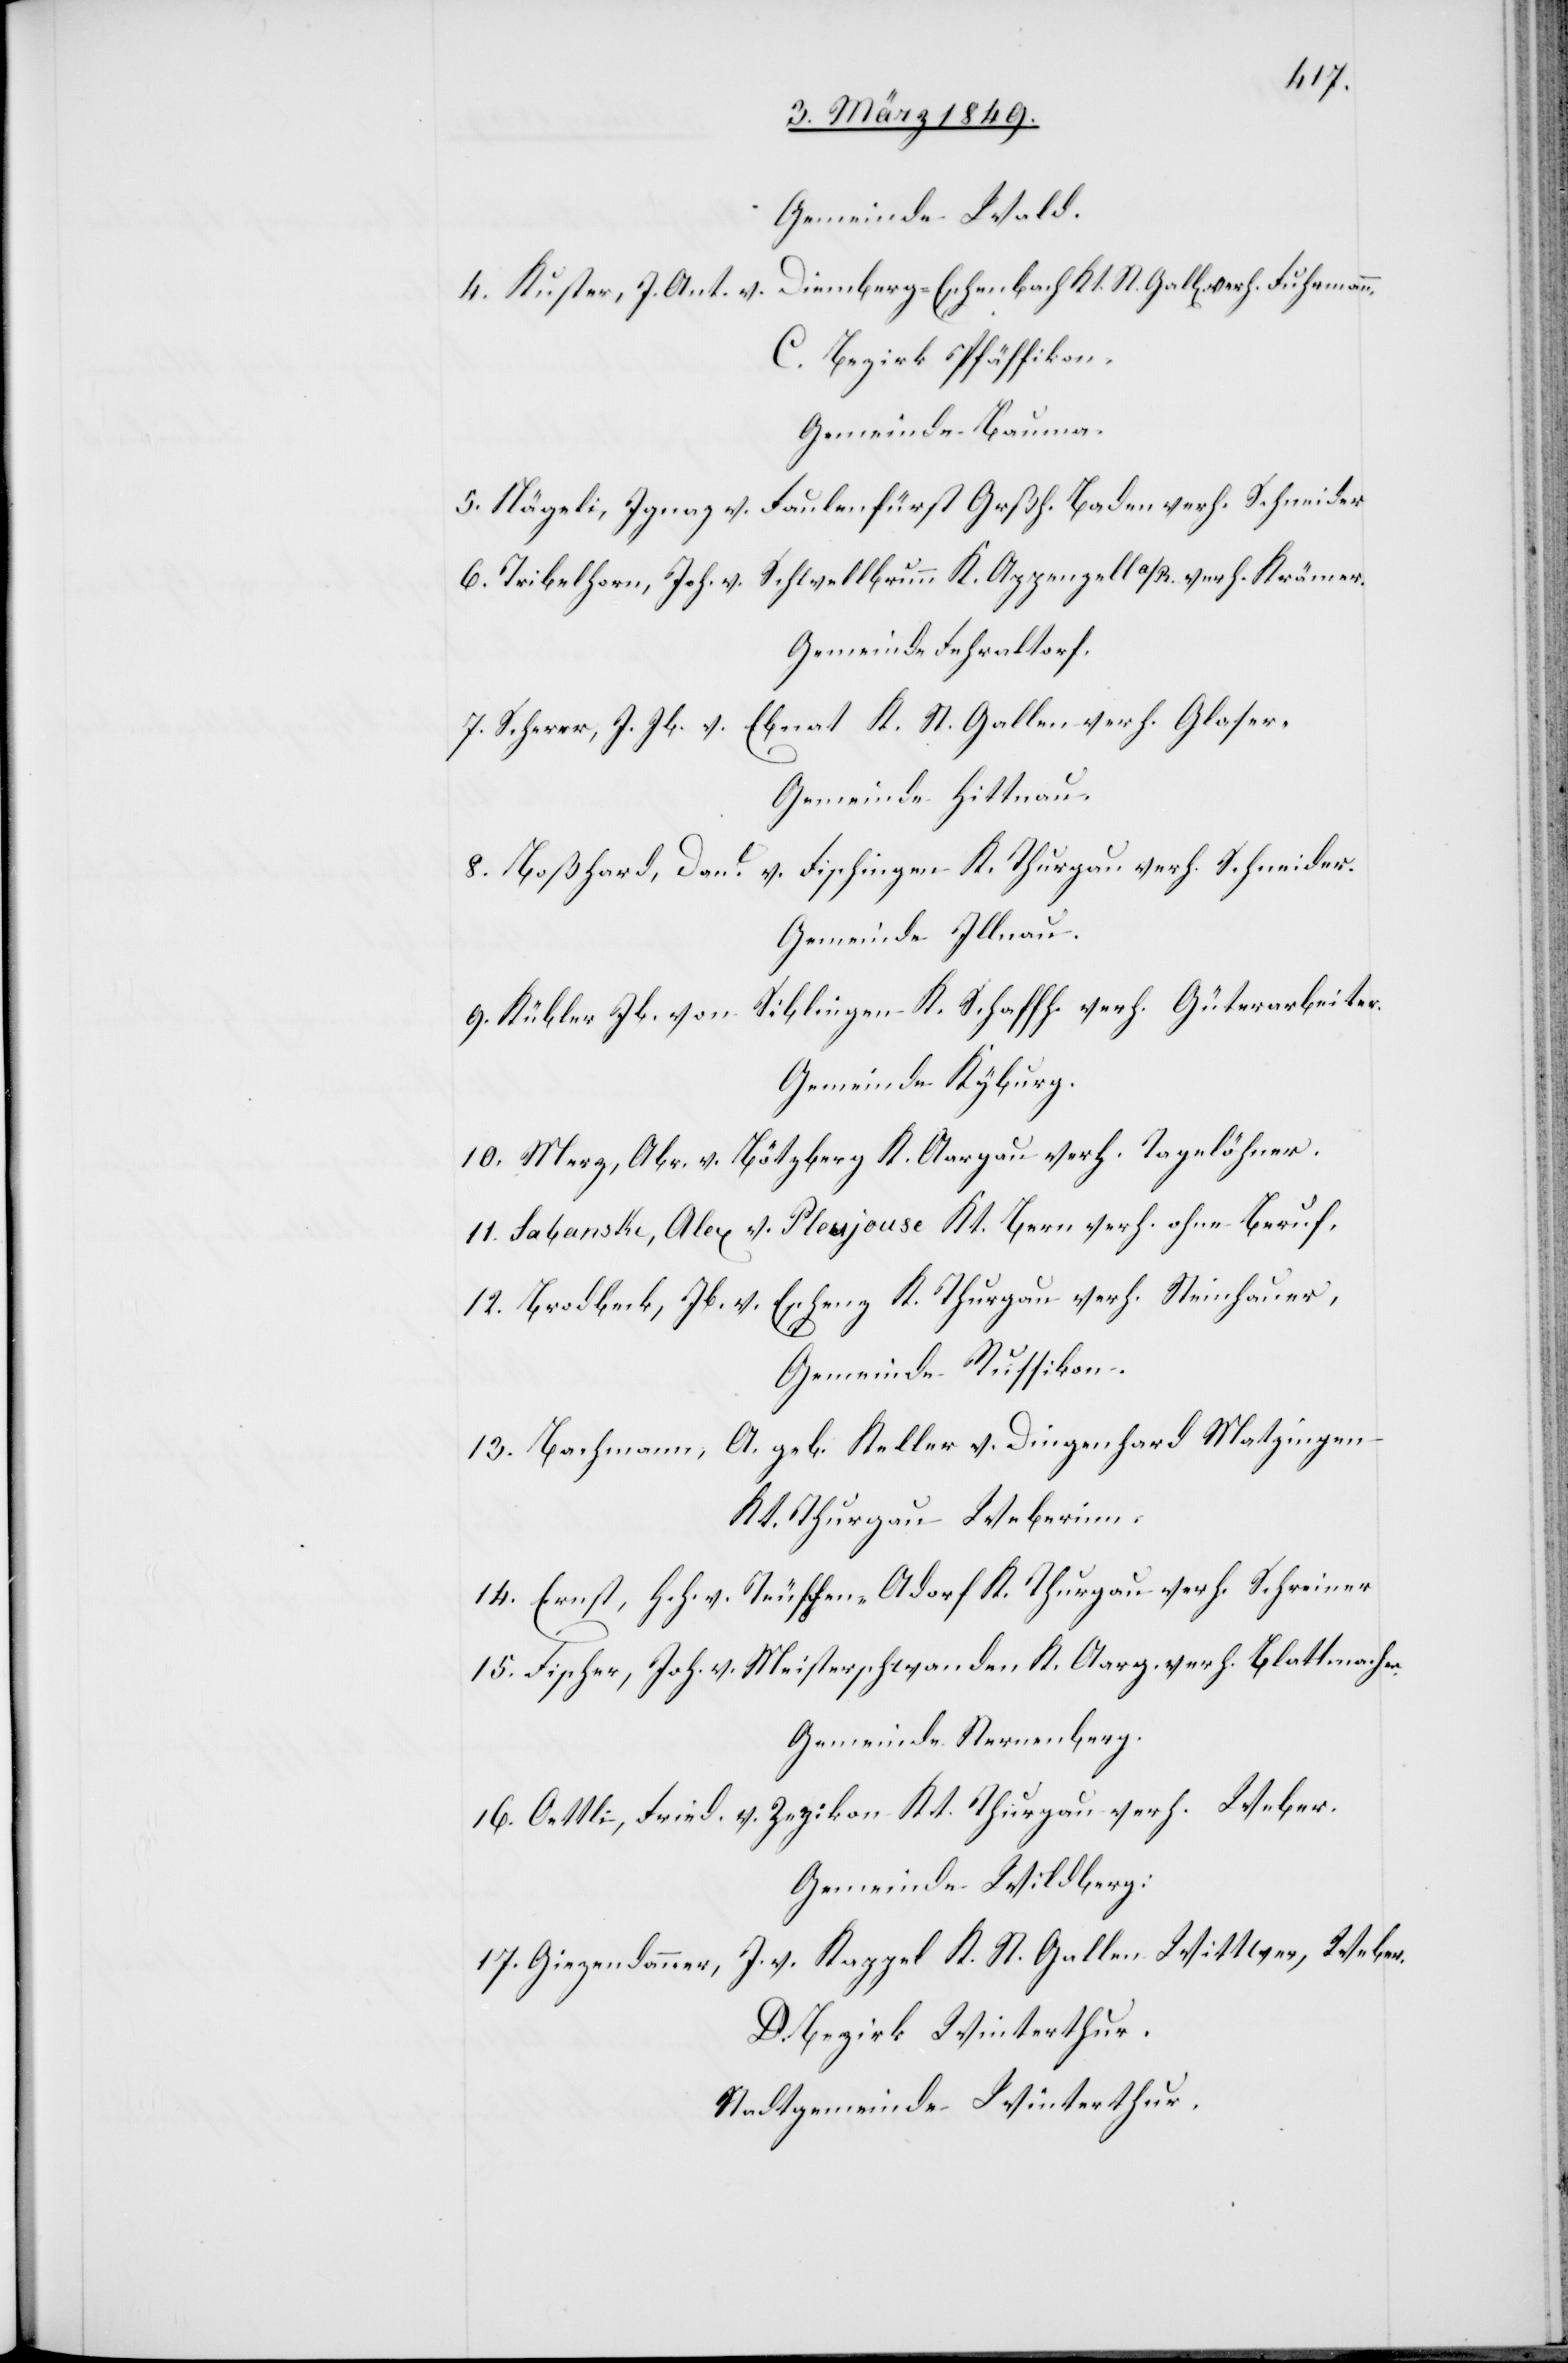
Gemeinde Wald.
4. Kuster, J. Ant. v. Diemberg-Eschenbach Kt. St. Gall[en] verh.
C. Bezirk Pfäffikon.
Gemeinde Bauma.
5. Nägeli, Ignaz v. Faulenfürst Grßh. Baden verh. Schneider
6. Tribelhorn, Joh. v. Schwellbrunn K. Appenzell a/R. verh. Krämer.
Gemeinde Fehraltorf.
Ebnat K. St. Gallen verh. Glaser,
7. Scherer, J. Jb. v.
Gemeinde Hittnau.
8. Boßhard, Danl. v. Fischingen K. Thurgau verh. Schneider.
Gemeinde Illnau.
9. Kübler Jb. von Siblingen K. Schaffh. verh. Güterarbeiter.
Gemeinde Kyburg.
10. Merz, Abr. v. Bötzberg K. Aargau verh. Tagelöhner.
11. Sabanske, Alex v. Pleujouse Kt. Bern verh. ohne Beruf.
12. Brodbeck, Jb. v. Eschenz K. Thurgau verh. Steinhauer,
Gemeinde Russikon.
13. Bachmann, A. geb. Keller v. Dingenhard Matzingen
Kt. Thurgau Weberinn.
14. Ernst, Hch. v. Trüschen-Adorf K. Thurgau verh. Schreiner
15. Fischer, Joh. v. Meisterschwanden K. Aarg. verh. Blattmacher
Gemeinde Sternenberg.
16. Oettli, Fried. v. Zezikon Kt. Thurgau verh. Weber.
Gemeinde Wildberg:
J. v. Kappel K. St. Gallen Wittwer, Weber.
17.Giezendanner,
D. Bezirk Winterthur.
Stadtgemeinde Winterthur.